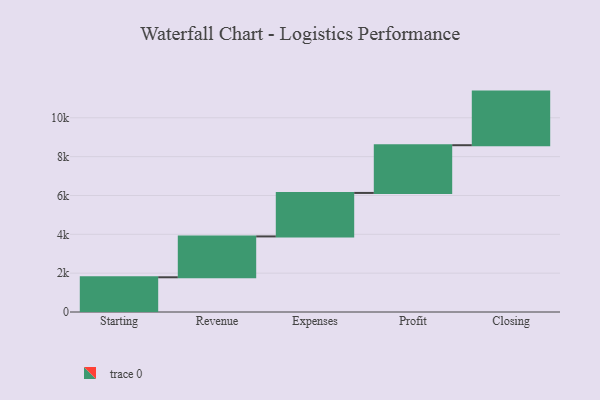
{"axis": {"x": "Step", "y": "Value"}, "legend": [""], "data": [{"x": "Starting", "y": 1788.0, "type": ""}, {"x": "Revenue", "y": 2104.0, "type": ""}, {"x": "Expenses", "y": 2240.0, "type": ""}, {"x": "Profit", "y": 2457.0, "type": ""}, {"x": "Closing", "y": 2761.0, "type": ""}]}